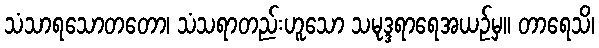
သံသာရသောတတော၊ သံသရာတည်းဟူသော သမုဒ္ဒရာရေအယဉ်မှ။ တာရေသိ၊